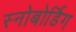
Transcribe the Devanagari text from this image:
स्नोबोर्डिग